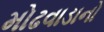
મોઢવાડાનો